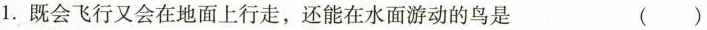
1.既会飞行又会在地面上行走，还能在水面游动的鸟是（）